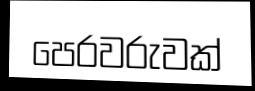
පෙරවරුවක්